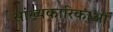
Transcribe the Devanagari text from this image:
सांख्यकारिकाओं